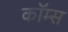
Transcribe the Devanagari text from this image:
कॉम्स